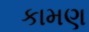
કામણ